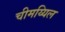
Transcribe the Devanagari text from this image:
चीमय्यिल